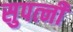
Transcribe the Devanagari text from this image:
सुपत्‍नी